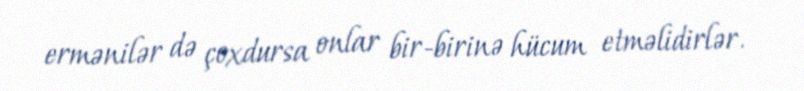
ermənilər də çoxdursa onlar bir-birinə hücum etməlidirlər.